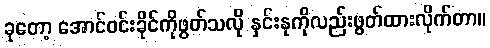
ခုတော့ အောင်ဝင်းခိုင်ကိုဖွတ်သလို နှင်းနုကိုလည်းဖွတ်ထားလိုက်တာ။